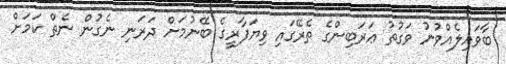
ބާވައިލެއްވުނު ވަގުތު ޢަރަބިންގެ ތެރޭގައި ވިޔަފާރީގެ ބޭނުމަށް ދަރަނި ނެގުން ނެތް ކަމަށް